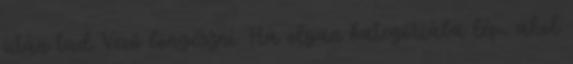
után tud Vevő böngészni. Ha olyan kategóriába lép, ahol